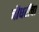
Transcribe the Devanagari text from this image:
चौधरींचा